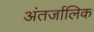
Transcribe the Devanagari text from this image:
अंतर्जालिक